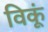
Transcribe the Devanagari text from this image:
विकूं